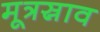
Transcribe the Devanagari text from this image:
मूत्रस्राव